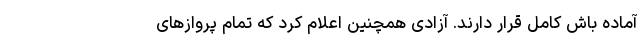
آماده باش کامل قرار دارند. آزادی همچنین اعلام کرد که تمام پروازهای